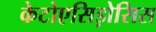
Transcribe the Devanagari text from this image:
केटोएसिड़ोसिस